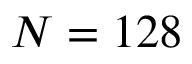
N = 1 2 8